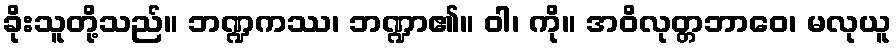
ခိုးသူတို့သည်။ ဘဏ္ဍကဿ၊ ဘဏ္ဍာ၏။ ဝါ၊ ကို။ အဝိလုတ္တဘာဝေ၊ မလုယူ